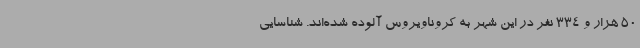
50 هزار و 334 نفر در این شهر به کروناویروس آلوده شده‌اند. شناسایی